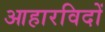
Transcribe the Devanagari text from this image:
आहारविदों